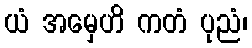
ယံ အမှေဟိ ကတံ ပုညံ၊